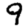
Digit: 9